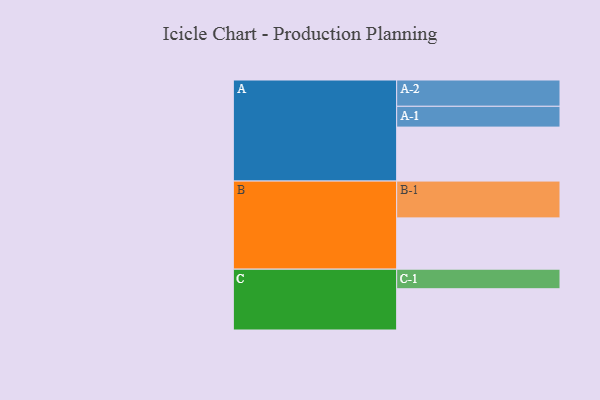
{"axis": {"x": "Segment", "y": "Value"}, "legend": ["", "A", "B", "C"], "data": [{"x": "A", "y": 425, "type": ""}, {"x": "B", "y": 404, "type": ""}, {"x": "C", "y": 325, "type": ""}, {"x": "A-1", "y": 164, "type": "A"}, {"x": "A-2", "y": 207, "type": "A"}, {"x": "B-1", "y": 290, "type": "B"}, {"x": "C-1", "y": 154, "type": "C"}]}